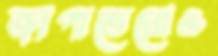
জাপাতেরোও